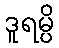
ဒူရမ္ပိ